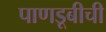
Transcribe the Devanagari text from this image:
पाणडूबीची